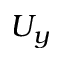
U _ { y }